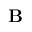
\mathbf { B }